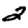
Digit: 2